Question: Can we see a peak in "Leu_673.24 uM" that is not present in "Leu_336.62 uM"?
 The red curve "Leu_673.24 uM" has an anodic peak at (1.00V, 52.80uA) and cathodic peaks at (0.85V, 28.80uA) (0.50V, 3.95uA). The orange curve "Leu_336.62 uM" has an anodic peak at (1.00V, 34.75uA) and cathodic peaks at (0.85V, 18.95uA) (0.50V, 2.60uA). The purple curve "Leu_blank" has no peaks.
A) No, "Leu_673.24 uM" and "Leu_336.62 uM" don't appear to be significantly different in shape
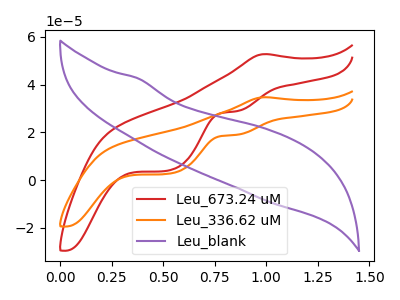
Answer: <think>All the peaks in "Leu_673.24 uM" have a peak in "Leu_336.62 uM" at the same potential.
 </think>
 <answer>A) No, "Leu_673.24 uM" and "Leu_336.62 uM" don't appear to be significantly different in shape</answer>
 <eval>A</eval>